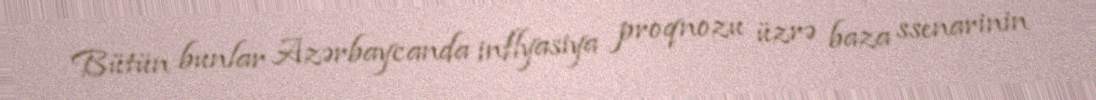
Bütün bunlar Azərbaycanda inflyasiya proqnozu üzrə baza ssenarinin